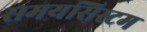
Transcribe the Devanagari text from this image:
समयसिस्टम